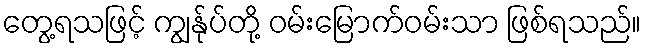
တွေ့ရသဖြင့် ကျွန်ုပ်တို့ ဝမ်းမြောက်ဝမ်းသာ ဖြစ်ရသည်။